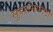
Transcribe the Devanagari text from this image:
सुदर्शनासाठी